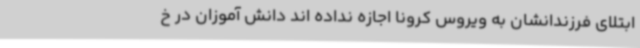
ابتلای فرزندانشان به ویروس کرونا اجازه نداده اند دانش آموزان در خ